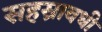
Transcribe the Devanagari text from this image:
सहस्रावधी